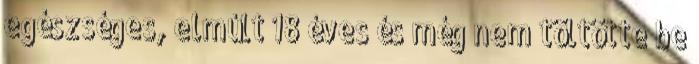
egészséges, elmúlt 18 éves és még nem töltötte be